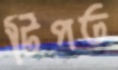
টিপত